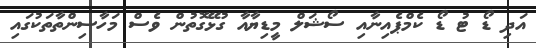
އަދި ޑޯ ޓު ޑޯ ކެމްޕެއިނާއި ސޯޝަލް މީޑިޔާއާ ގުޅޭގޮތުން ވެސް މަހާސިންތާތަކުގައި